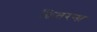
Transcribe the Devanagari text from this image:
छितरना